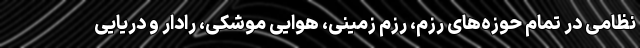
نظامی در تمام حوزه‌های رزم، رزم زمینی، هوایی موشکی، رادار و دریایی